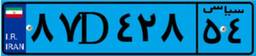
۸۷D۴۲۸۵۴